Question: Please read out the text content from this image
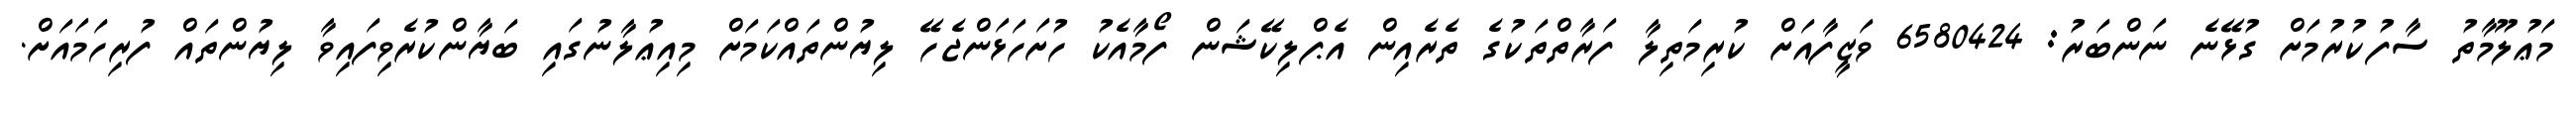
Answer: މަޢުލޫމާތު ސާފުކުރުމަށް ގުޅޭނެ ނަންބަރު: 6580424 ވަޒީފާއަށް ކުރިމަތިލާ ފަރާތްތަކުގެ ތެރެއިން އެޕްލިކޭޝަން ފޯމާއެކު ހުށަހަޅަންޖެހޭ ލިޔުންތައްކަމަށް މިއިޢުލާނުގައި ބަޔާންކުރެވިފައިވާ ލިޔުންތައް ފުރިހަމައަށް.